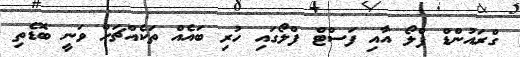
ގްރައުންޑް ފްލޯ އާއި ފަސްޓް ފްލޯގައި ހުރި ބައެއް ތަކެއްޗަށް ވަނީ ބޮޑެތި